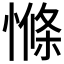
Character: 𱟁